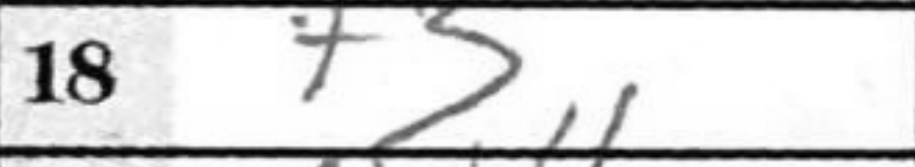
Transcription: f3